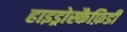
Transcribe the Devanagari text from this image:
हाइड्रोस्कैफ़िडी